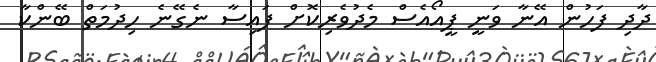
ދާދި ފަހުން އޭނާ ވަނީ ޕީއޯއެސް މެދުވެރިކޮށް ފައިސާ ނެގޭނެ ހިދުމަތް ބޭންކާ